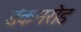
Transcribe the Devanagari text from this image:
डंकनरोड